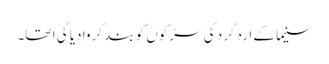
سنیما کے اردگرد کی سڑکوں کو بند کروا دیا گی ا تھا۔